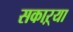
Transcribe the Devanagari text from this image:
सकाऱ्या